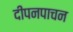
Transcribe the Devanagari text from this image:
दीपनपाचन